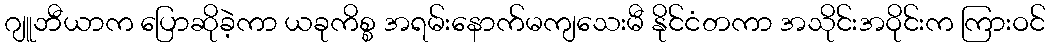
ဂျူဘီယာက ပြောဆိုခဲ့ကာ ယခုကိစ္စ အရမ်းနောက်မကျသေးမီ နိုင်ငံတကာ အသိုင်းအဝိုင်းက ကြားဝင်